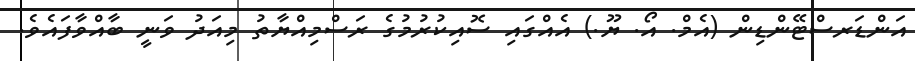
އަންޑަރސްޓޭންޑިން (އެމް. އޯ. ޔޫ.) އެއްގައި ސޮއިކުރުމުގެ ރަސްމިއްޔާތު މިއަދު ވަނީ ބާއްވާފައެވެ.